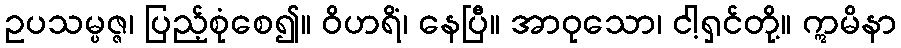
ဥပသမ္ပဇ္ဇ၊ ပြည့်စုံစေ၍။ ဝိဟရိံ၊ နေပြီ။ အာဝုသော၊ ငါ့ရှင်တို့။ ဣမိနာ